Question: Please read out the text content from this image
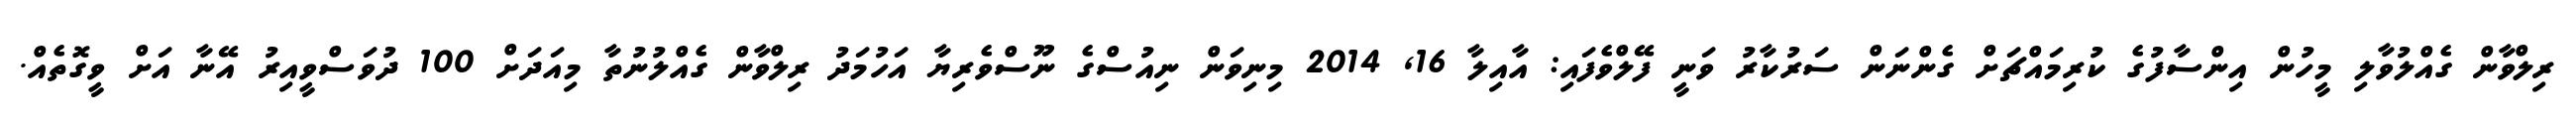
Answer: ރިލްވާން ގެއްލުވާލި މީހުން އިންސާފުގެ ކުރިމައްޗަށް ގެންނަން ސަރުކާރު ވަނީ ފޭލްވެފައި: އާއިލާ 16, 2014 މިނިވަން ނިއުސްގެ ނޫސްވެރިޔާ އަހުމަދު ރިލްވާން ގެއްލުނުތާ މިއަދަށް 100 ދުވަސްވީއިރު އޭނާ އަށް ވީގޮތެއް.